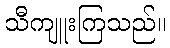
သီကျူးကြသည်။